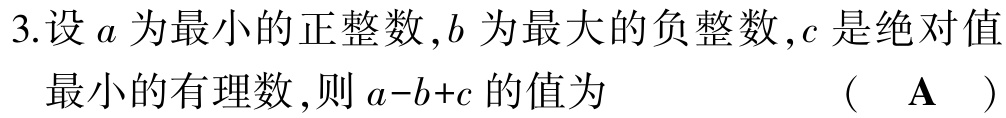
3.设 \(a\) 为最小的正整数，\(b\) 为最大的负整数，\(c\) 是绝对值

最小的有理数，则 \(a - b + c\) 的值为 （ \(\mathbf{A}\) ）